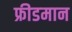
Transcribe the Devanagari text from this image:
फ्रीडमान